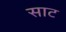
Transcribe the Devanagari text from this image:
साट